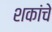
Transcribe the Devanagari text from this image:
शकांचे